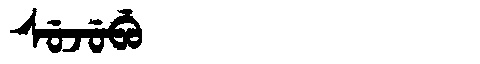
Manchu: ᠰᡠᠵᡠᠪᡠ
Romanization: SUJUBU